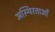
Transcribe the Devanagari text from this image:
अस्थिरताओं